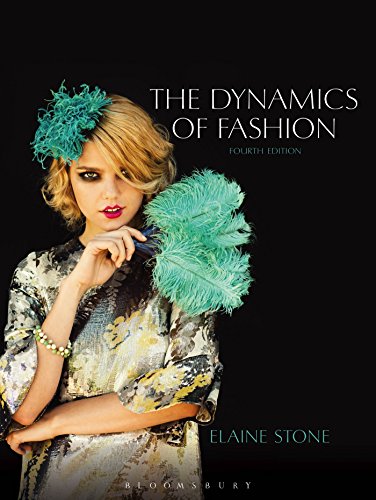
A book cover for The Dynamics of Fashion; Elaine Stone; Arts & Photography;